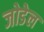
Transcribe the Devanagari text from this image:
जोडेल